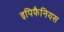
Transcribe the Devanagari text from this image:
इपिफैनियस